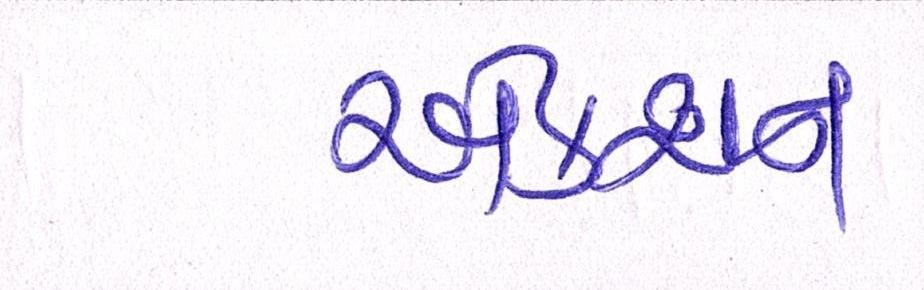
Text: એક્શન